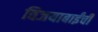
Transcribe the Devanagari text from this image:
विजयाबाईंची